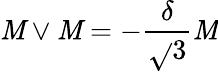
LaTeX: \mathit{M}\vee\mathit{M}=-\frac{{\delta}}{{\sqrt{}{{3}}}}\mathit{M}